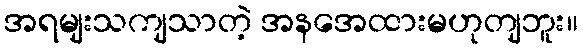
အရမျးသကျသာတဲ့ အနအေထားမဟုတျဘူး။